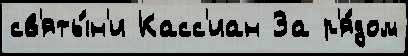
св'яты́н'и Касс'иан За р'я́дом